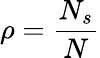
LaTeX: \rho={\frac{N_{s}}{N}}